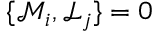
\{ \mathcal { M } _ { i } , \mathcal { L } _ { j } \} = 0